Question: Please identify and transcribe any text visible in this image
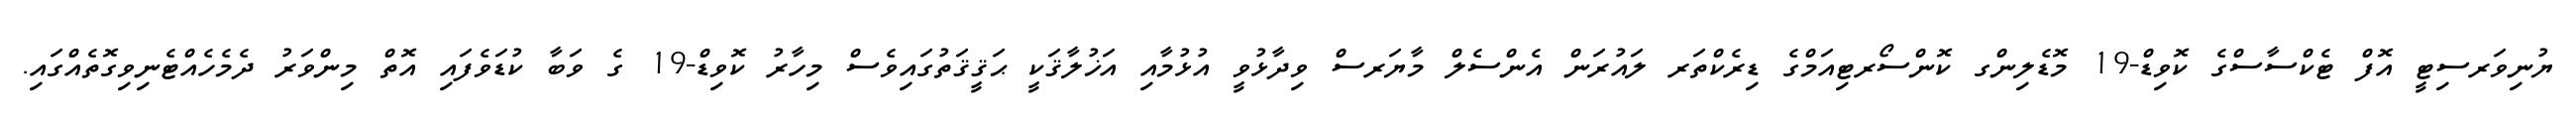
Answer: ޔުނިވަރސިޓީ އޮފް ޓެކްސާސްގެ ކޮވިޑް-19 މޮޑެލިންގ ކޮންސޯރޓިއަމްގެ ޑިރެކްތަރ ލައުރަން އެންސެލް މާޔަރސް ވިދާޅުވީ އުޅުމާއި އަޚުލާޤަކީ ޙަޤީޤަތުގައިވެސް މިހާރު ކޮވިޑް-19 ގެ ވަބާ ކުޑަވެފައި އޮތް މިންވަރު ދެމެހެއްޓެނިވިގޮތެއްގައި.